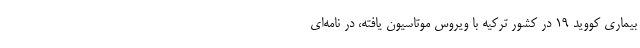
بیماری کووید 19 در کشور ترکیه با ویروس موتاسیون یافته، در نامه‌ای